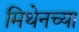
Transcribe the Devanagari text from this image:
मिथेनच्या